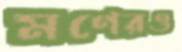
মণেরও